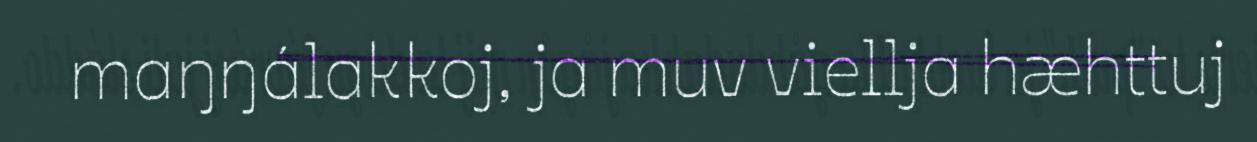
maŋŋálakkoj, ja muv viellja hæhttuj